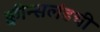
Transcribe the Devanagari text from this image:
क्वीन्सलंडची